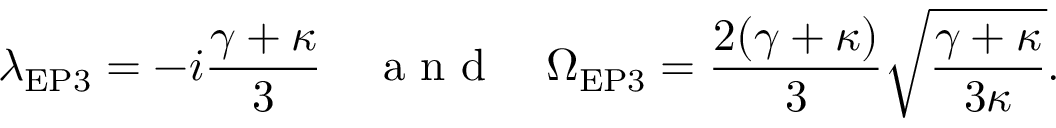
\lambda _ { \mathrm { { E P 3 } } } = - i \frac { \gamma + \kappa } { 3 } \quad \textrm { a n d } \quad \Omega _ { \mathrm { { E P 3 } } } = \frac { 2 ( \gamma + \kappa ) } { 3 } \sqrt { \frac { \gamma + \kappa } { 3 \kappa } } .